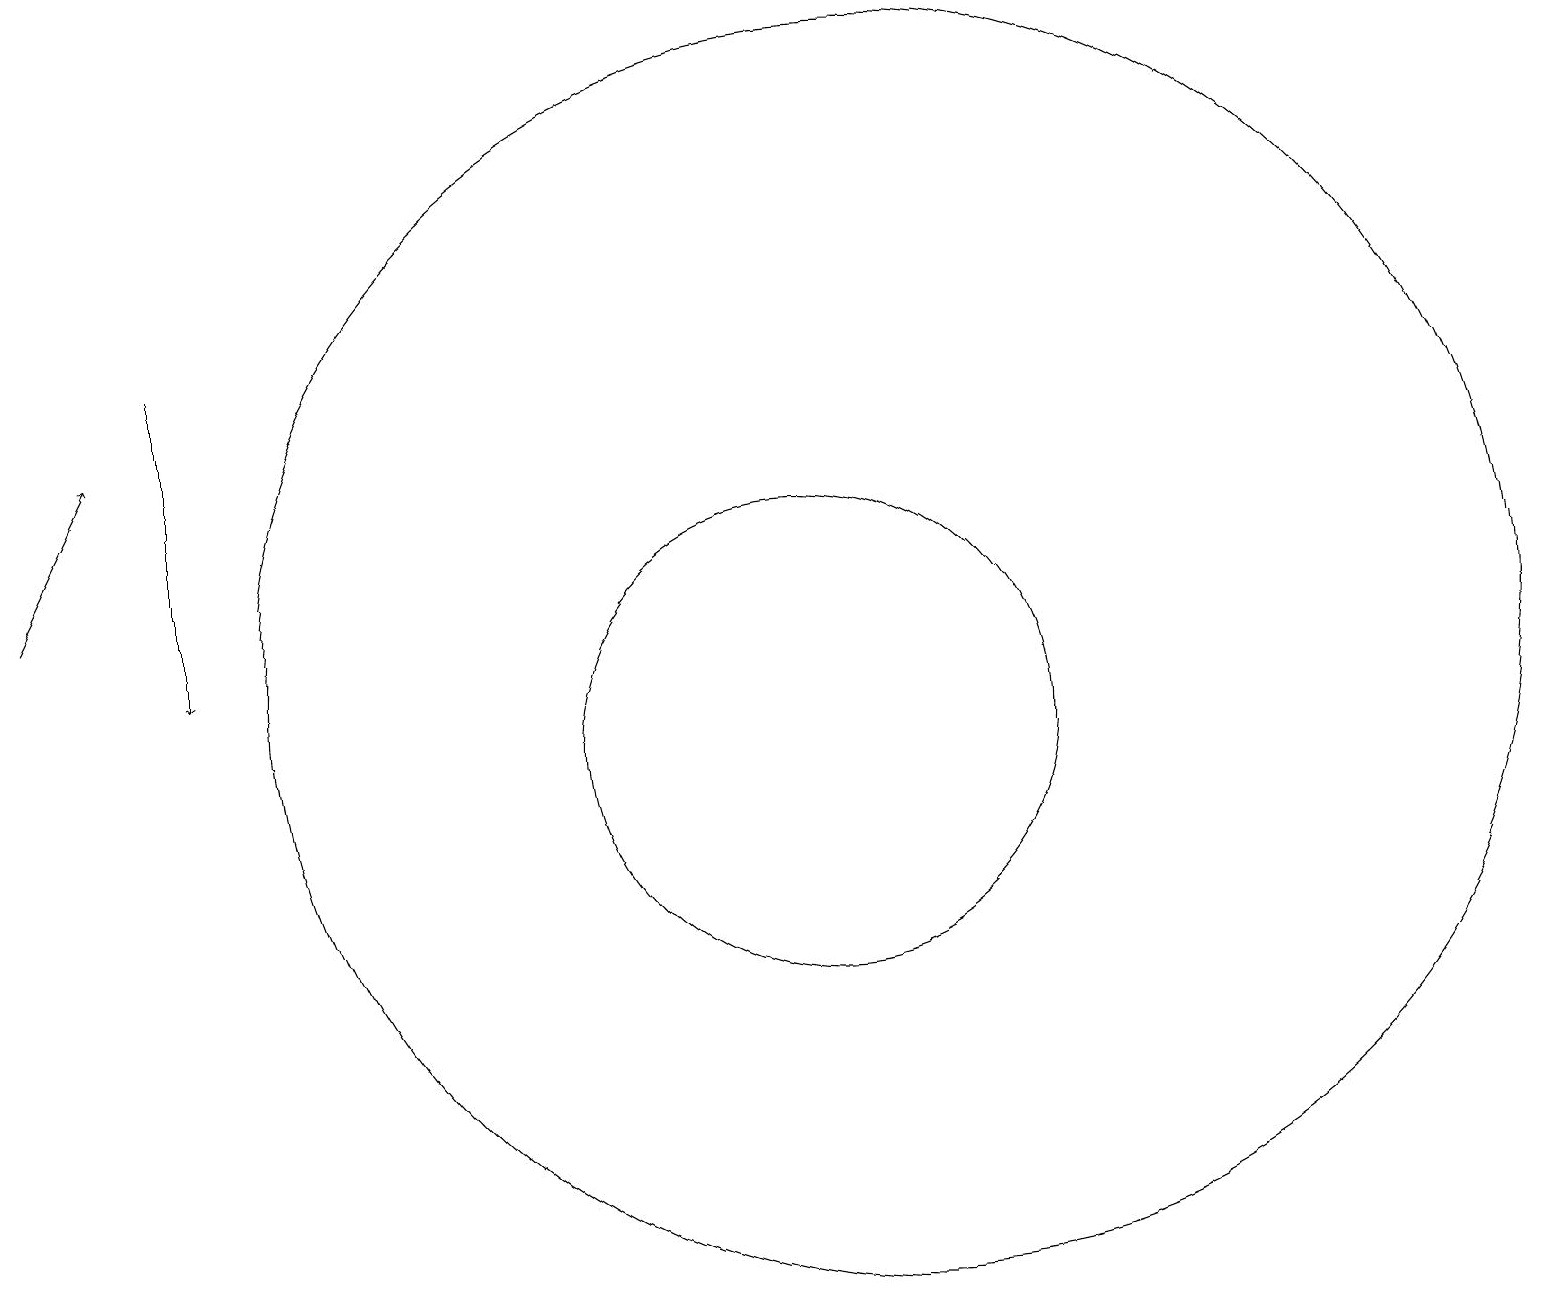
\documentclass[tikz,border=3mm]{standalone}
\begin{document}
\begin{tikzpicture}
\draw[->] (0,13) -- (1,15);
\draw[->] (2,16) -- (2,12);
\draw (10,11) circle (3);
\draw (10,10) circle (0);
\draw (11,12) circle (8);
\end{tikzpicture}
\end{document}